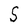
Character: S